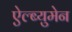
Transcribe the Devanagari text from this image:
ऐल्ब्युमेन